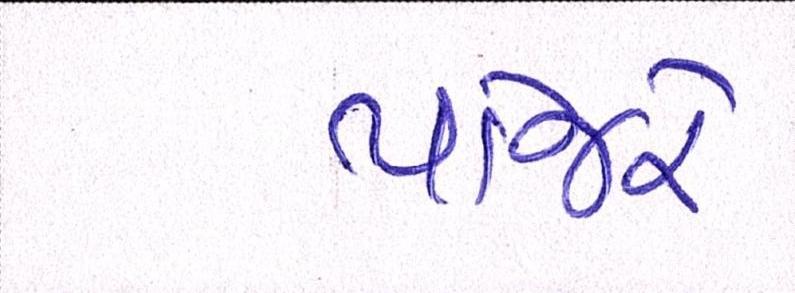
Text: પાંજરે